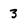
Character: 3